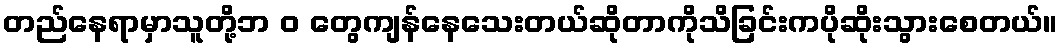
တည်နေရာမှာသူတို့ဘ ၀ တွေကျန်နေသေးတယ်ဆိုတာကိုသိခြင်းကပိုဆိုးသွားစေတယ်။